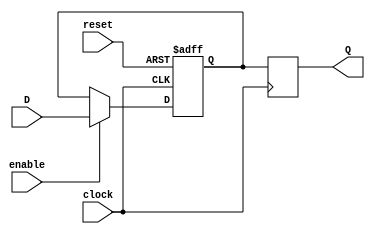
module EnableLatch (
    input wire clock,
    input wire reset,
    input wire D,
    input wire enable,
    output reg Q
);

reg D_ff;

always @(posedge clock or posedge reset) begin
    if (reset) begin
        D_ff <= 1'b0;
    end else if (enable) begin
        D_ff <= D;
    end
end

always @(posedge clock) begin
    Q <= D_ff;
end

endmodule